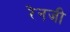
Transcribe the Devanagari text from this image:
रेनजी